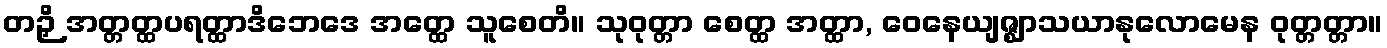
တဉှိ အတ္တတ္ထပရတ္ထာဒိဘေဒေ အတ္ထေ သူစေတိ။ သုဝုတ္တာ စေတ္ထ အတ္ထာ, ဝေနေယျဇ္ဈာသယာနုလောမေန ဝုတ္တတ္တာ။